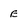
Character: E